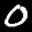
Label: 0